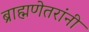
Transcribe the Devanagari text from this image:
ब्राह्मणेतरांनी